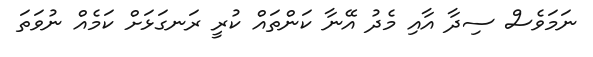
ނަމަވެސް ސިދާ އާއި މެދު އޭނާ ކަންތައް ކުރީ ރަނގަޅަށް ކަމެއް ނުވަތަ